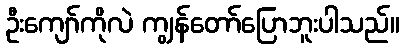
ဦးကျော်ကိုလဲ ကျွန်တော်ပြောဘူးပါသည်။